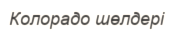
Колорадо шөлдері